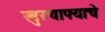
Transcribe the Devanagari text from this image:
खुरचाफ्याचे